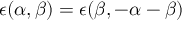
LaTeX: \epsilon ( \alpha , \beta ) = \epsilon ( \beta , - \alpha - \beta )